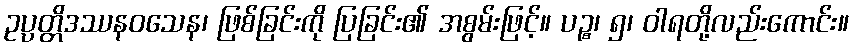
ဥပ္ပတ္တိဒဿနဝသေန၊ ဖြစ်ခြင်းကို ပြခြင်း၏ အစွမ်းဖြင့်။ ပဉ္စ၊ ၅၊ ဝါရတို့လည်းကောင်း။